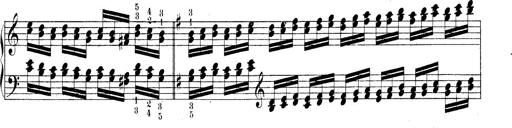
Title: Technische Studien
Composer: Franz Liszt